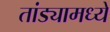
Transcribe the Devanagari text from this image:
तांड्यामध्ये